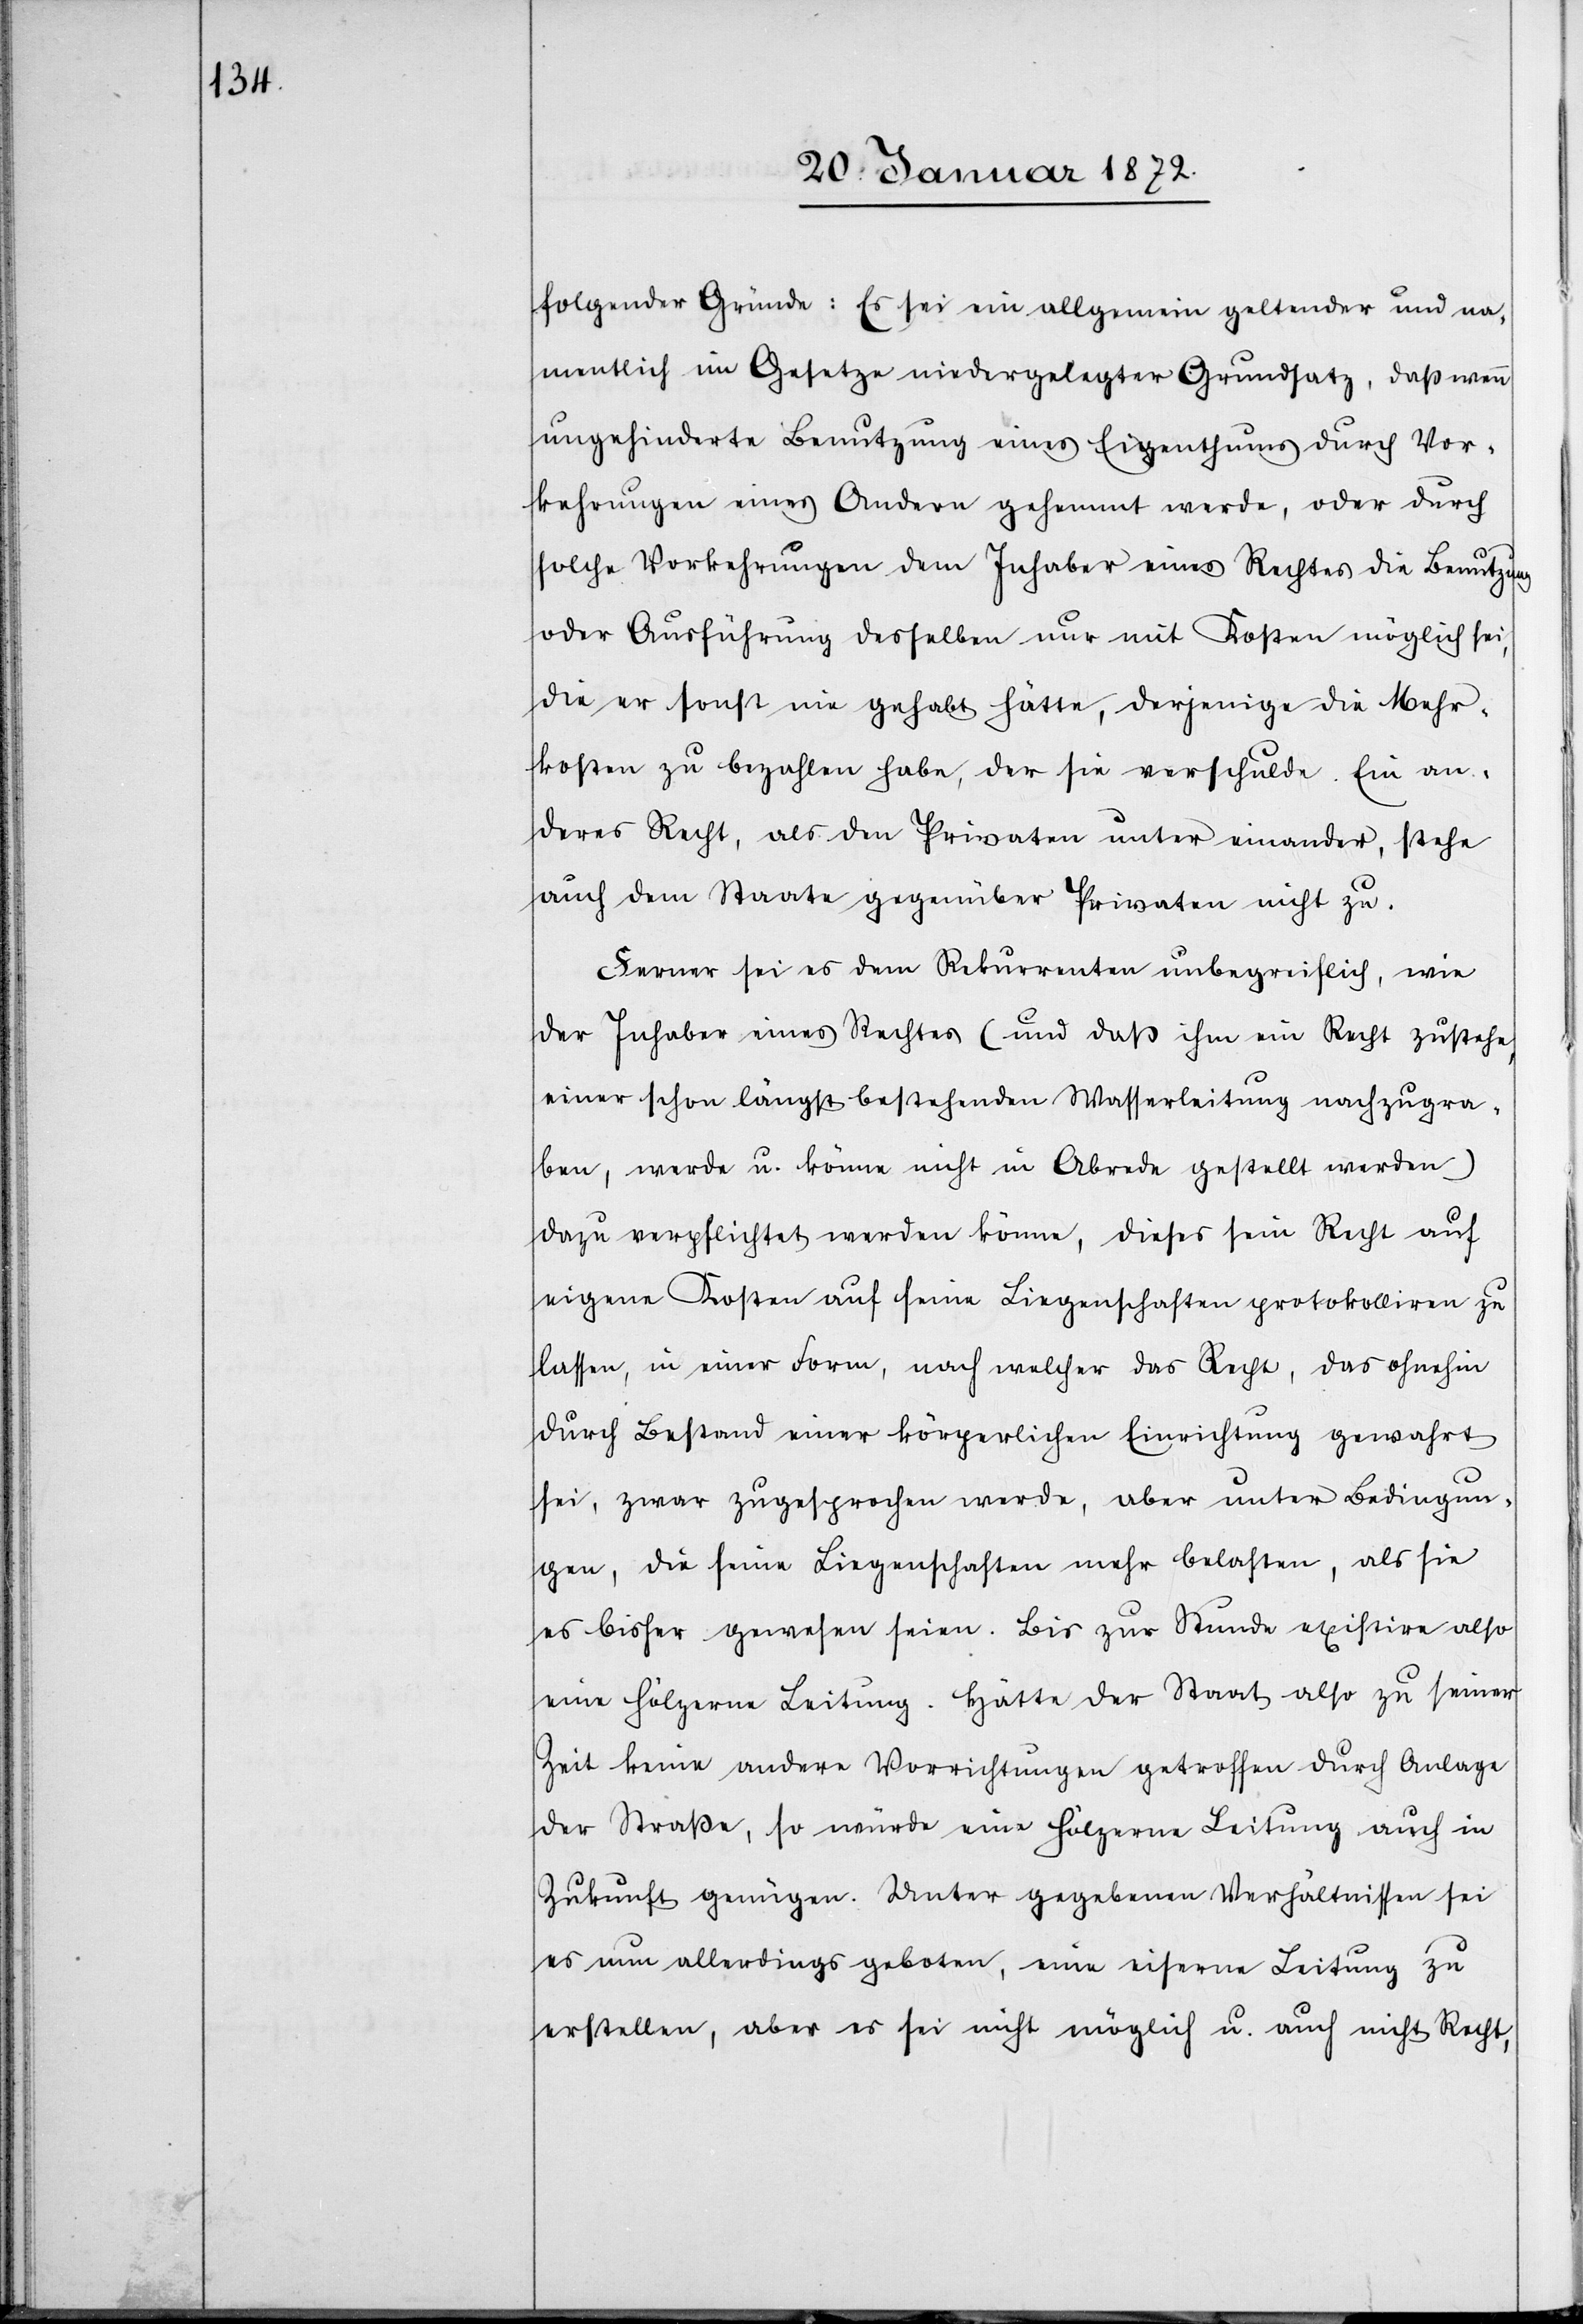
folgender Gründe: Es sei ein allgemein geltender und na¬
mentlich im Gesetze niedergelegter Grundsatz, daß wenn
ungehinderte Benutzung eines Eigenthums durch Vor¬
kehrungen eines Andern gehemmt werde, oder durch
solche Vorkehrungen dem Inhaber eines Rechtes die Benutzung
oder Ausführung desselben nur mit Kosten möglich sei,
die er sonst nie gehabt hätte, derjenige die Mehr¬
kosten zu bezahlen habe, der sie verschulde. Ein an¬
deres Recht, als den Privaten unter einander, stehe
auch dem Staate gegenüber Privaten nicht zu.
Ferner sei es dem Rekurrenten unbegreiflich, wie
der Inhaber eines Rechtes (und daß ihm ein Recht zustehe,
einer schon längst bestehenden Wasserleitung nachzugra¬
ben, werde u. könne nicht in Abrede gestellt werden)
dazu verpflichtet werden könne, dieses sein Recht auf
eigene Kosten auf seine Liegenschaften protokolliren zu
lassen, in einer Form, nach welcher das Recht, das ohnehin
durch Bestand einer körperlichen Einrichtung gewahrt
sei, zwar zugesprochen werde, aber unter Bedingun¬
gen, die seine Liegenschaften mehr belasten, als sie
es bisher gewesen seien. Bis zur Stunde existire also
eine hölzerne Leitung. Hätte der Staat also zu seiner
Zeit keine andere Vorrichtungen getroffen durch Anlage
der Straße, so würde eine hölzerne Leitung auch in
Zukunft genügen. Unter gegebenen Verhältnissen sei
es nun allerdings geboten, eine eiserne Leitung zu
erstellen, aber es sei nicht möglich u. auch nicht Recht,